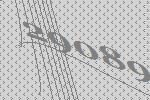
29089